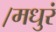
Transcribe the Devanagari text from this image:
।मधुरं